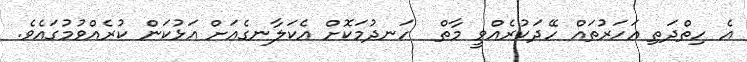
އެ ހިތްދަތި އަހަރުތައް ހޭދަކުރެއްވީ މާތް  ހަނދުމަކޮށް އެކަލާނގެއަށް އަޅުކަން ކުރެއްވުމުގައެވެ.